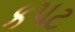
કપટ